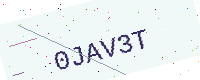
Text: 0JAV3T